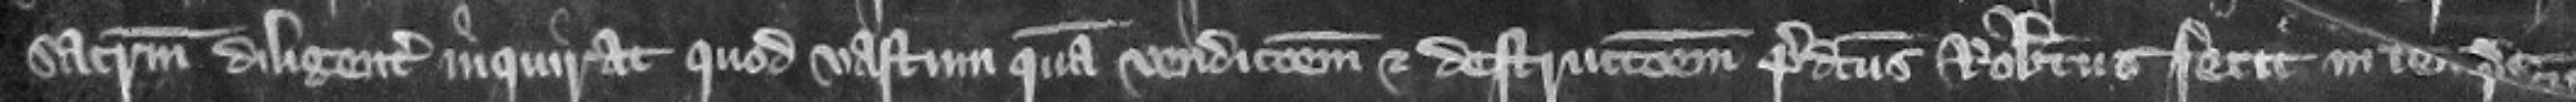
sacramentum diligenter inquirat quod vastum quam vendicionem et destruccionem predictus Robertus fecit in tenementis predictis